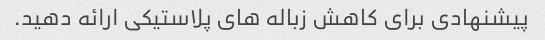
پیشنهادی برای کاهش زباله های پلاستیکی ارائه دهید.